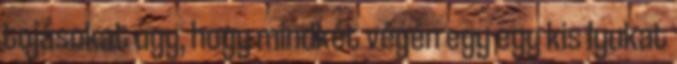
tojásokat úgy, hogy mindkét végén egy egy kis lyukat